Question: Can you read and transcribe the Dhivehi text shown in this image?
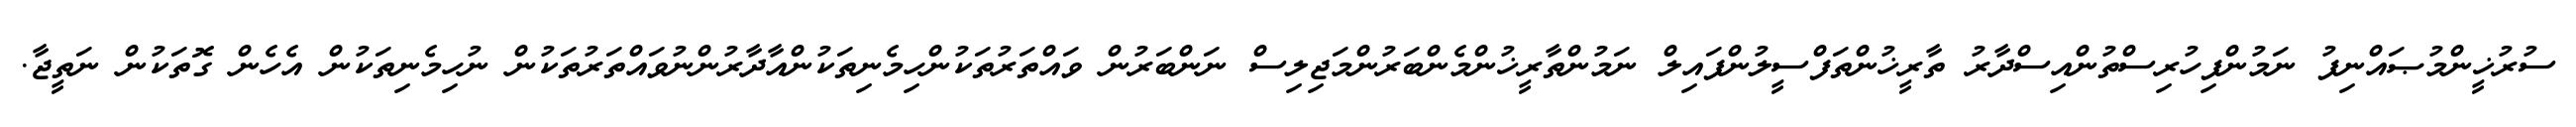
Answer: ސުރުޚީންމުޞައްނިފު ނަމުންފިހުރިސްތުންއިސްދާރު ތާރީޚުންތަފްސީލުންފައިލް ނަމުންތާރީޚުންމެންބަރުންމަޖިލިސް ނަންބަރުން ވައްތަރުތަކުންހިމެނިތަކުންއާދާރުންނުވައްތަރުތަކުން ނުހިމެނިތަކުން އެހެން ގޮތަކުން ނަތީޖާ.